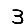
Digit: 3